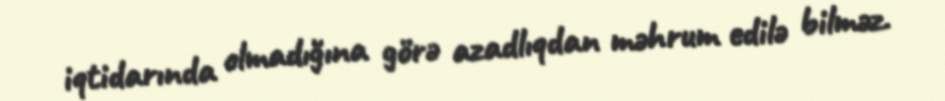
iqtidarında olmadığına görə azadlıqdan məhrum edilə bilməz.